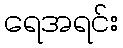
ရေအရင်း